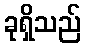
ခုရှိသည်